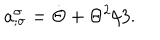
a _ { ; \sigma } ^ { \sigma } = \dot { \Theta } + \Theta ^ { 2 } / 3 .